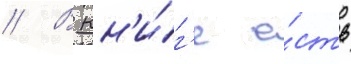
// В кн'и́г'е е́сть